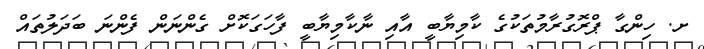
ށ. ހިންގާ ޕްރޮގުރާމުތަކުގެ ކާމިޔާބީ އާއި ނާކާމިޔާބީ ފާހަގަކޮށް ގެންނަން ފެންނަ ބަދަލުތައް